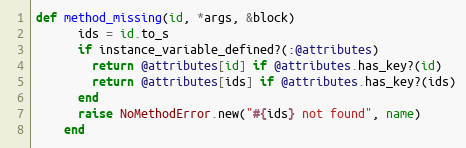
Language: Ruby
def method_missing(id, *args, &block)
      ids = id.to_s
      if instance_variable_defined?(:@attributes)
        return @attributes[id] if @attributes.has_key?(id)
        return @attributes[ids] if @attributes.has_key?(ids)
      end
      raise NoMethodError.new("#{ids} not found", name)
    end